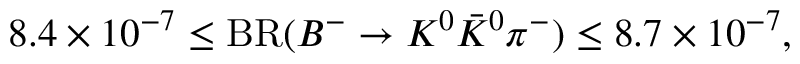
8 . 4 \times 1 0 ^ { - 7 } \le \mathrm { B R } ( B ^ { - } \to K ^ { 0 } \bar { K } ^ { 0 } \pi ^ { - } ) \le 8 . 7 \times 1 0 ^ { - 7 } ,